Report on horse surra - Volume II, Part II
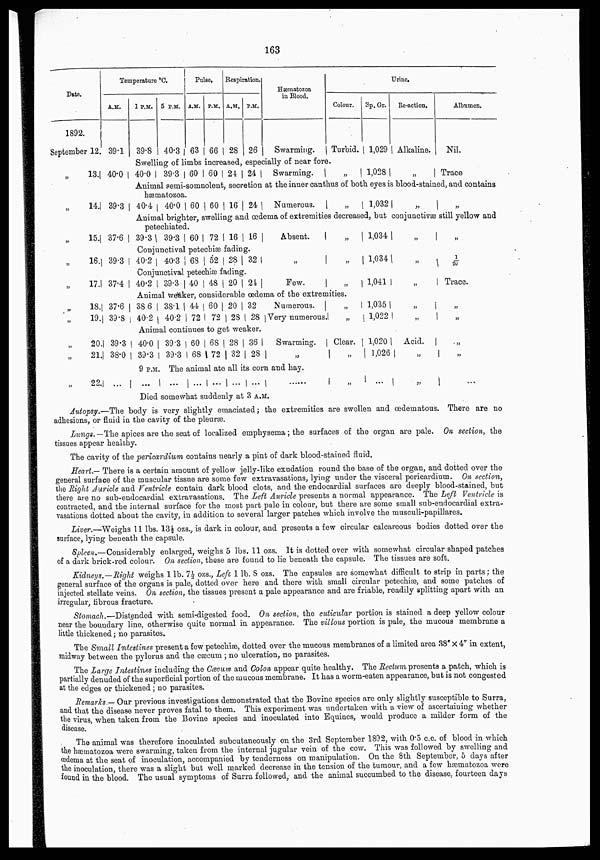
163
Date.
1892
September 12.
„
13.
„
14.
„
15.
„
16.
„
17.
„
18.
„
19.
„
20.
„
21.
„
22.
Temperature ºC.
A.M.
39.1
40.0
39.3
37.6
39.3
37.4
37.6
39.8
39.3
38.0
...
1 P.M.
39.8
5 P.M.
40.3
Pulse.
A.M.
63
P.M.
66
Respiration.
A.M.
28
P.M.
26
Hæmatozoa
in Blood.
Swarming.
Colour.
Turbid.
Swelling of limbs increased, especially of near fore.
40.0
39.3 60 60 24 24
Swarming.
„
Sp. Gr.
1,029
1,028
Urine,
Re-action,
Alkaline.
„
Albumen.
Nil.
Trace
Animal semi-somnolent, secretion at the inner canthus of both eyes is blood-stained, and contains
hæmatozoa.
40.4 40.0 60 60 16 24
Numerous.
„
1,032 „
„
Animal brighter, swelling and œdema of extremities decreased, but conjunctivæ still yellow and
petechiated.
39.3 39.3 60 72 16 16
Absent.
„
Conjunctival petechiæ fading.
40.2 40.3 68 52 28 32
Conjunctival petechiæ fading.
40.2 39.3 40 48 20 24
„
Few.
„
„
Animal weaker, considerable œdema of the extremities.
38 6
40.2
38.1
40.2
44
72
60
72
20
28
32
28
Numerous.
Very numerous.
„
„
Animal continues to get weaker.
40.0
39.3
39.3
39.3
60
68
68
72
28
32
36
28
Swarming.
„
Clear.
„
9
P. M. The animal ate all its corn and hay.
...
....
... ..... .....
Died somewhat suddenly at 3 A.M.
„
1,034
1,034
1,041
1,035
1,022
1,020
1,026
...
„
„
„
„
„
Acid.
„
„
1/20
Trace.
„
„
„
„
Autopsy.—The body is very slightly emaciated ; the extremities are swollen and œdematous. There are no
adhesions, or fluid in the cavity of the pleuræ.
Lungs.— The apices are the seat of localized emphysema; the surfaces of the organ are pale. On section, the
tissues appear healthy.
The cavity of the pericardium contains nearly a pint of dark blood-stained fluid.
Heart.— There is a certain amount of yellow jelly-like exudation round the base of the organ, and dotted over the
general surface of the muscular tissue are some few extravasations, lying under the visceral pericardium. On section,
the Right Auricle and Ventricle contain dark blood clots, and the endocardial surfaces are deeply blood-stained, but
there are no sub-endocardial extravasations. The Left Auricle presents a normal appearance. The Left Ventricle is
contracted, and the internal surface for the most part pale in colour, but there are some small sub-endocardial extra-
vasations dotted about the cavity, in addition to several larger patches which involve the musculi-papillares.
Liver.—Weighs 11 lbs. 13½ozs., is dark in colour, and presents a few circular calcareous bodies dotted over the
surface, lying beneath the capsule.
Spleen.—Considerably enlarged, weighs 5 lbs. 11 ozs. It is dotted over with somewhat circular shaped patches
of a dark brick-red colour. On section, these are found to lie beneath the capsule. The tissues are soft.
Kidneys.—Right weighs 1 lb. 7½ ozs., Left 1 lb. 8 ozs. The capsules are somewhat difficult to strip in parts; the
general surface of the organs is pale, dotted over here and there with small circular petechiæ, and some patches of
injected stellate veins. On section, the tissues present a pale appearance and are friable, readily splitting apart with an
irregular, fibrous fracture.
Stomach.—Distended with semi-digested food. On section, the cuticular portion is stained a deep yellow colour
near the boundary line, otherwise quite normal in appearance. The villous portion is pale, the mucous membrane a
little thickened; no parasites.
The Small Intestines present a few petechiæ, dotted over the mucous membranes of a limited area 38"×4" in extent,
midway between the pylorus and the cæcum ; no ulceration, no parasites.
The Large Intestines including the Cæcum and Colon appear quite healthy. The Rectum presents a patch, which is
partially denuded of the superficial portion of the mucous membrane. It has a worm-eaten appearance, but is not congested
at the edges or thickened; no parasites.
Remarks.— Our previous investigations demonstrated that the Bovine species are only slightly susceptible to Surra,
and that the disease never proves fatal to them. This experiment was undertaken with a view of ascertaining whether
the virus, when taken from the Bovine species and inoculated into Equines, would produce a milder form of the
disease.
The animal was therefore inoculated subcutaneously on the 3rd September 1892, with 0.5 c.c. of blood in which
the hæmatozoa were swarming, taken from the internal jugular vein of the cow. This was followed by swelling and
œdema at the seat of inoculation, accompanied by tenderness on manipulation. On the 8th September, 5 days after
the inoculation, there was a slight but well marked decrease in the tension of the tumour, and a few hæmatozoa were
found in the blood. The usual symptoms of Surra followed, and the animal succumbed to the disease, fourteen days